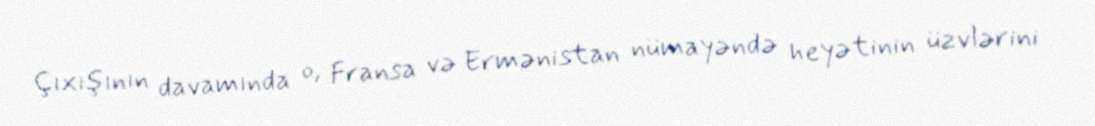
Çıxışının davamında o, Fransa və Ermənistan nümayəndə heyətinin üzvlərini